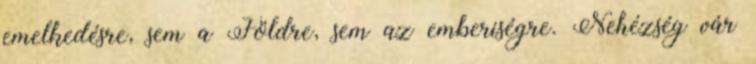
emelkedésre, sem a Földre, sem az emberiségre. Nehézség vár